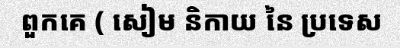
ពួកគេ ( សៀម និកាយ នៃ ប្រទេស